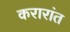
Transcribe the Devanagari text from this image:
करारांत